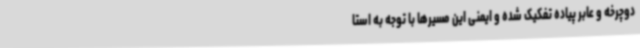
دوچرخه و عابر پیاده تفکیک شده‌ و ایمنی این مسیرها با توجه به استا